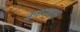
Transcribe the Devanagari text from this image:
कापण्या